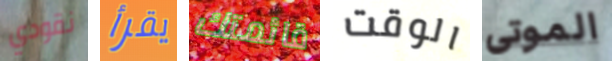
نقودي يقرأ قائمتك الوقت الموتى